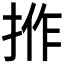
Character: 𢭢